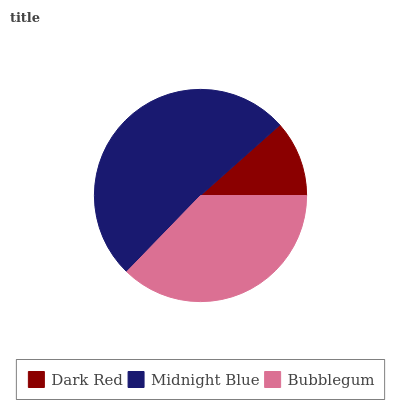
| Dark Red | Midnight Blue | Bubblegum |
 | --- | --- | --- |
 | 11.5% | 51.2% | 37.2% |